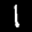
Label: 1